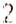
2